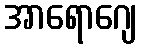
အာရောဂျေ